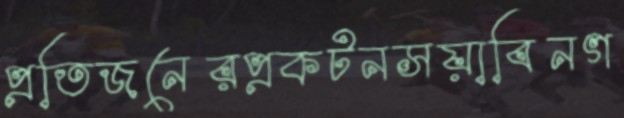
প্রতিজনেরপ্রকটনসয়াবিনগ